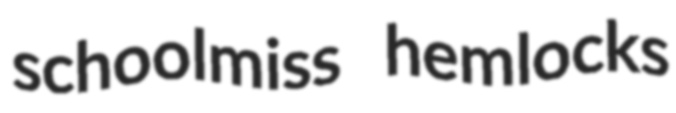
schoolmiss hemlocks